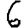
Digit: 6